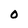
Character: O